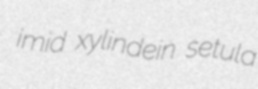
imid xylindein setula